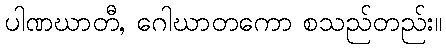
ပါဏဃာတီ, ဂေါဃာတကော စသည်တည်း။